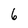
Character: 6